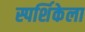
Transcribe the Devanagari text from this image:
स्पर्शिकेला